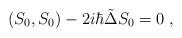
\begin{align*}(S_0,S_0)-2i\hbar \tilde{\Delta} S_0=0\;,\end{align*}